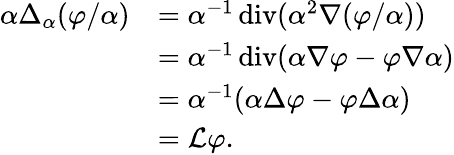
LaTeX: \begin{array}{rl}{\alpha\Delta_{\alpha}(\varphi/\alpha)}&{=\alpha^{-1}\operatorname{div}(\alpha^{2}\nabla(\varphi/\alpha))}\\ &{=\alpha^{-1}\operatorname{div}(\alpha\nabla\varphi-\varphi\nabla\alpha)}\\ &{=\alpha^{-1}(\alpha\Delta\varphi-\varphi\Delta\alpha)}\\ &{=\mathcal{L}\varphi.}\end{array}